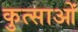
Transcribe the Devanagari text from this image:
कुत्साओं